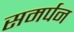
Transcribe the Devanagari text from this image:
समर्पन